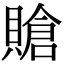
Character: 賶